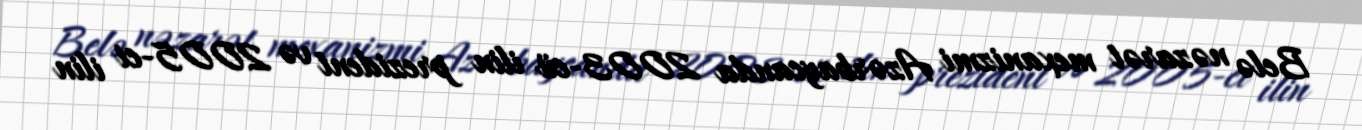
Belə nəzarət mexanizmi Azərbaycanda 2003-cü ilin prezident və 2005-ci ilin